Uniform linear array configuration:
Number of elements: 32
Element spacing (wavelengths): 0.75
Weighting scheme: uniform
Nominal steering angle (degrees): -30
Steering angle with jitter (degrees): -31.219
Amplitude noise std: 0.05
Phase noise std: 0.05

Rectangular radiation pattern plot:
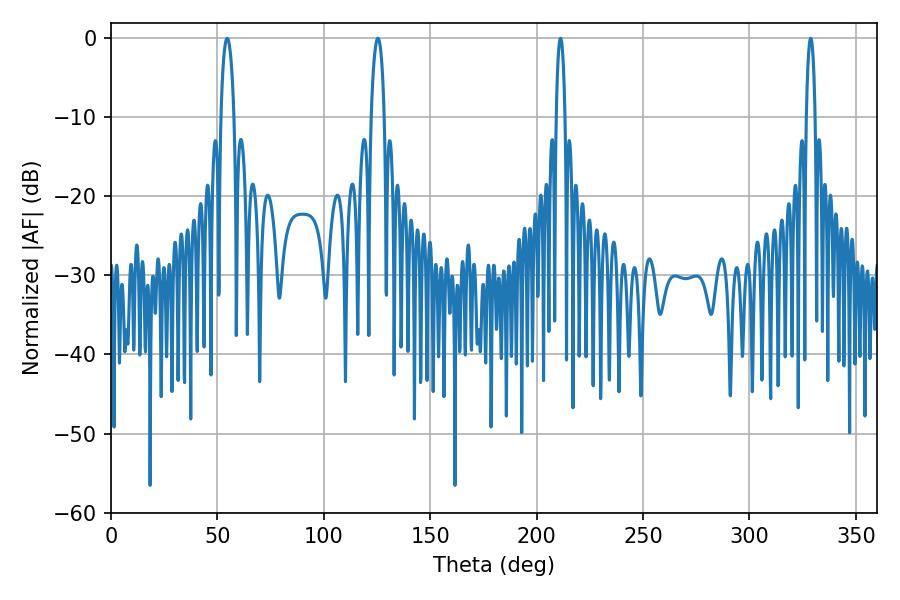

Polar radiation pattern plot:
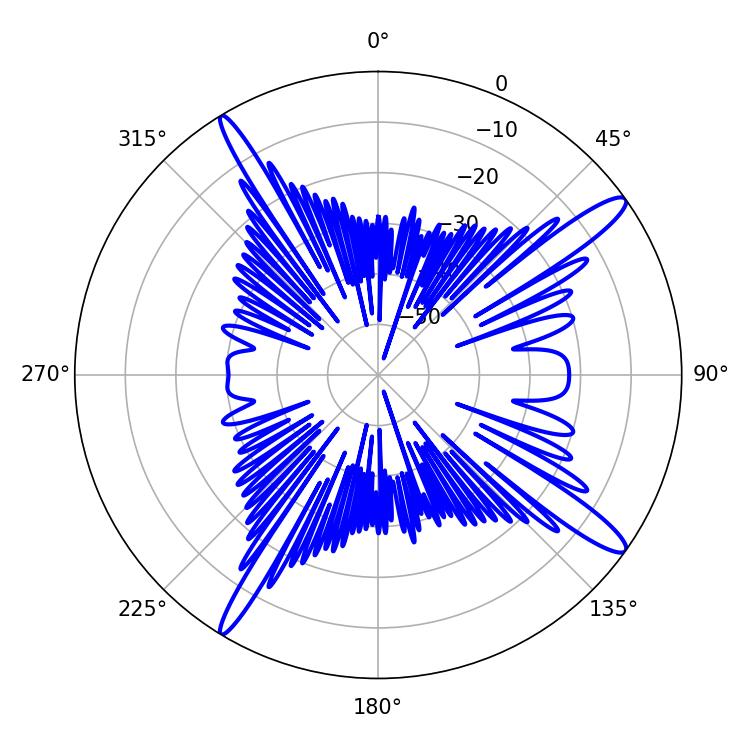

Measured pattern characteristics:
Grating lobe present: TRUE
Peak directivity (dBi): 14.733
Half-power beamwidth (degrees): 3.42
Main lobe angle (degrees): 54.54